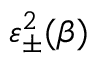
\varepsilon _ { \pm } ^ { 2 } ( \beta )